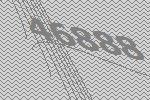
46888